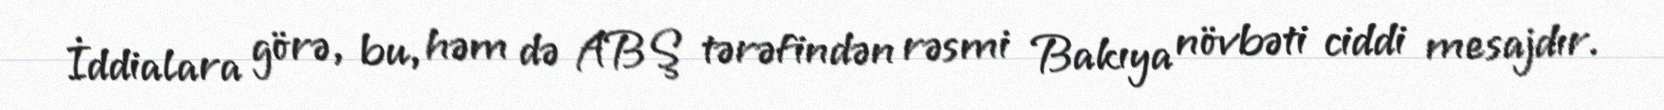
İddialara görə, bu, həm də ABŞ tərəfindən rəsmi Bakıya növbəti ciddi mesajdır.